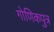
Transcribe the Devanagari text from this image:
गोणिकपुत्र